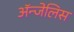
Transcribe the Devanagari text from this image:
ॲन्जेलिस